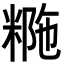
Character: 𥺡